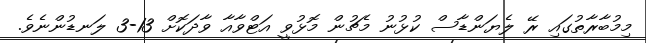
މިމުބާރާތުގައި ރޭ ލެޔަންޑާސް ކުޅުނު މެޗުން މޮޅުވީ އަޓްވާއާ ވާދަކޮށް 13-3 ލަނޑުންނެވެ.